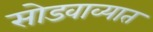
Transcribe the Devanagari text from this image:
सोडवाव्यात